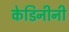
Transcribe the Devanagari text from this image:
केडिनीनी